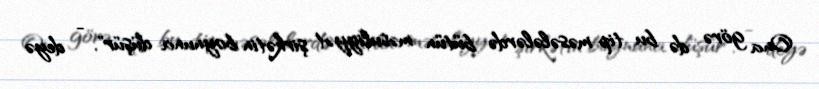
Ona görə də bu tip məsələlərdə bütün məsuliyyət şirkətin boynuna düşür", - deyə